Vaccination returns of the Province of Eastern Bengal and Assam - 1905-1912
Year: 1905
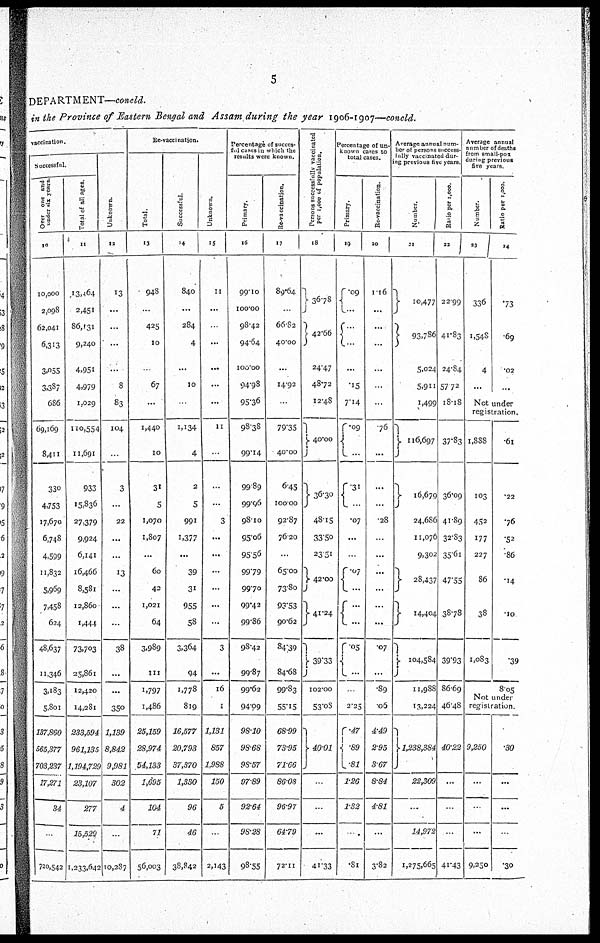
5
DEPARTMENT—concld.
in the Province of Eastern Bengal and Assam during the year 1906-1907—conold.
vaccination.
Successful.
Over one and 1
under six years.
10
10,000
2,098
62,041
6,313
3,055
3,337
686
69,169
8,411
330
4,753
17,670
6,748
4,599
11,832
5,969
7,458
624
48,637
11,346
3,183
5,801
137,860
565,377
703,237
17,271
34
...
720,542
Total of all ages.
11
13,464
2,451
86,131
9,240
4,951
4,979
1,029
110,554
11,691
933
15,836
27,379
9,924
6,141
16,466
8,581
12,860
1,444
73,703
25,861
12,420
14,281
233,594
961,135
1,194,729
23,107
277
15,529
1,233,642
Unknown.
12
13
...
...
...
...
8
83
104
...
3
...
22
...
...
13
...
...
...
38
...
...
350
1,139
8,842
9,981
302
4
...
10,287
Re-vaccination.
Total.
13
948
...
425
10
...
67
...
1,440
10
31
5
1,070
1,807
...
60
42
1,021
64
3,989
111
1,797
1,486
25,159
28,974
54,133
1,695
104
71
56,003
Successful.
14
840
...
284
4
...
10
...
1,134
4
2
5
991
1,377
...
39
31
955
58
3,364
94
1,778
819
16,577
20,793
37,370
1,330
96
46
38,842
Unknown.
15
11
...
...
...
...
...
...
11
...
...
...
3
...
...
...
...
...
...
3
...
16
1
1,131
857
1,988
150
5
..
2,143
Percentage of succes-
ful cases in which the
results were known.
Primary.
16
99.10
100.00
98.42
94.64
100.00
94.98
95.36
98.38
99.14
99.89
99.96
98.10
95.06
95.56
99.79
99.70
99.42
99.86
98.42
99.87
99.62
94.99
98.10
98.68
98.57
97.89
92.64
98.28
98.55
Re-vaccination.
17
89.64
...
66.82
40.00
...
14.92
...
79.35
40.00
6.45
100.00
92.87
76.20
...
65.00
73.80
93.53
90.62
84.39
84.68
99.83
55.15
68.99
73.95
71.66
86.08
96.97
64.79
72.11
Persons successfully vaccinated
per 1,000 of population.
18
36.78
42.66
24.47
48.72
12.48
40.00
36.30
48.15
33.50
23.31
42.00
41.24
39.33
102.00
53.08
40.01
...
...
...
41.33
Percentage of un-
known cases to
total cases.
Primary.
19
.09
...
...
...
...
.15
7.14
.09
...
31
...
.07
...
...
. 07
...
...
...
.05
...
...
2.25
.47
.89
.81
1.26
1.32
.
.81
Re-vaccination.
20
1.16
...
...
...
...
...
...
.76
...
...
...
.28
...
...
...
...
...
...
.07
...
.89
.06
4.49
2.95
3.67
8.84
4.81
...
3.82
Average annual num-
ber of persons success-
fully vaccinated dur-
ing previous five years.
Number.
21
10,477
93,786
5,024
5,911
1,499
116,697
16,679
24,686
11,076
9,302
28,437
14,404
104,584
11,988
13,224
1,238,384
22,309
...
14,972
1,275,665
Ratio per 1,000.
22
22.99
41.83
24.84
57.72
18.18
37.83
36.09
41.89
32.83
35.61
47.55
38.78
39.93
86.69
46.48
40.22
...
...
...
41.43
Average annual
number of deaths
from small-pox
during previous
five years.
Number.
23
336
1,548
4
...
Ratio per 1,000.
24
.73
.69
.02
...
Not under
registration.
1,888
103
452
177
227
86
38
1,083
...
.61
.22
.76
.52
.86
.14
.10
.39
8.05
Not under
registration.
9,250
...
...
...
9,250
.30
...
...
...
.30